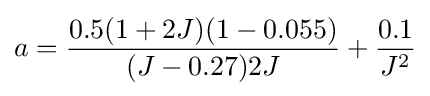
a={\frac {0.5(1+2J)(1-0.055)}{(J-0.27)2J}}+{\frac {0.1}{J^{2}}}